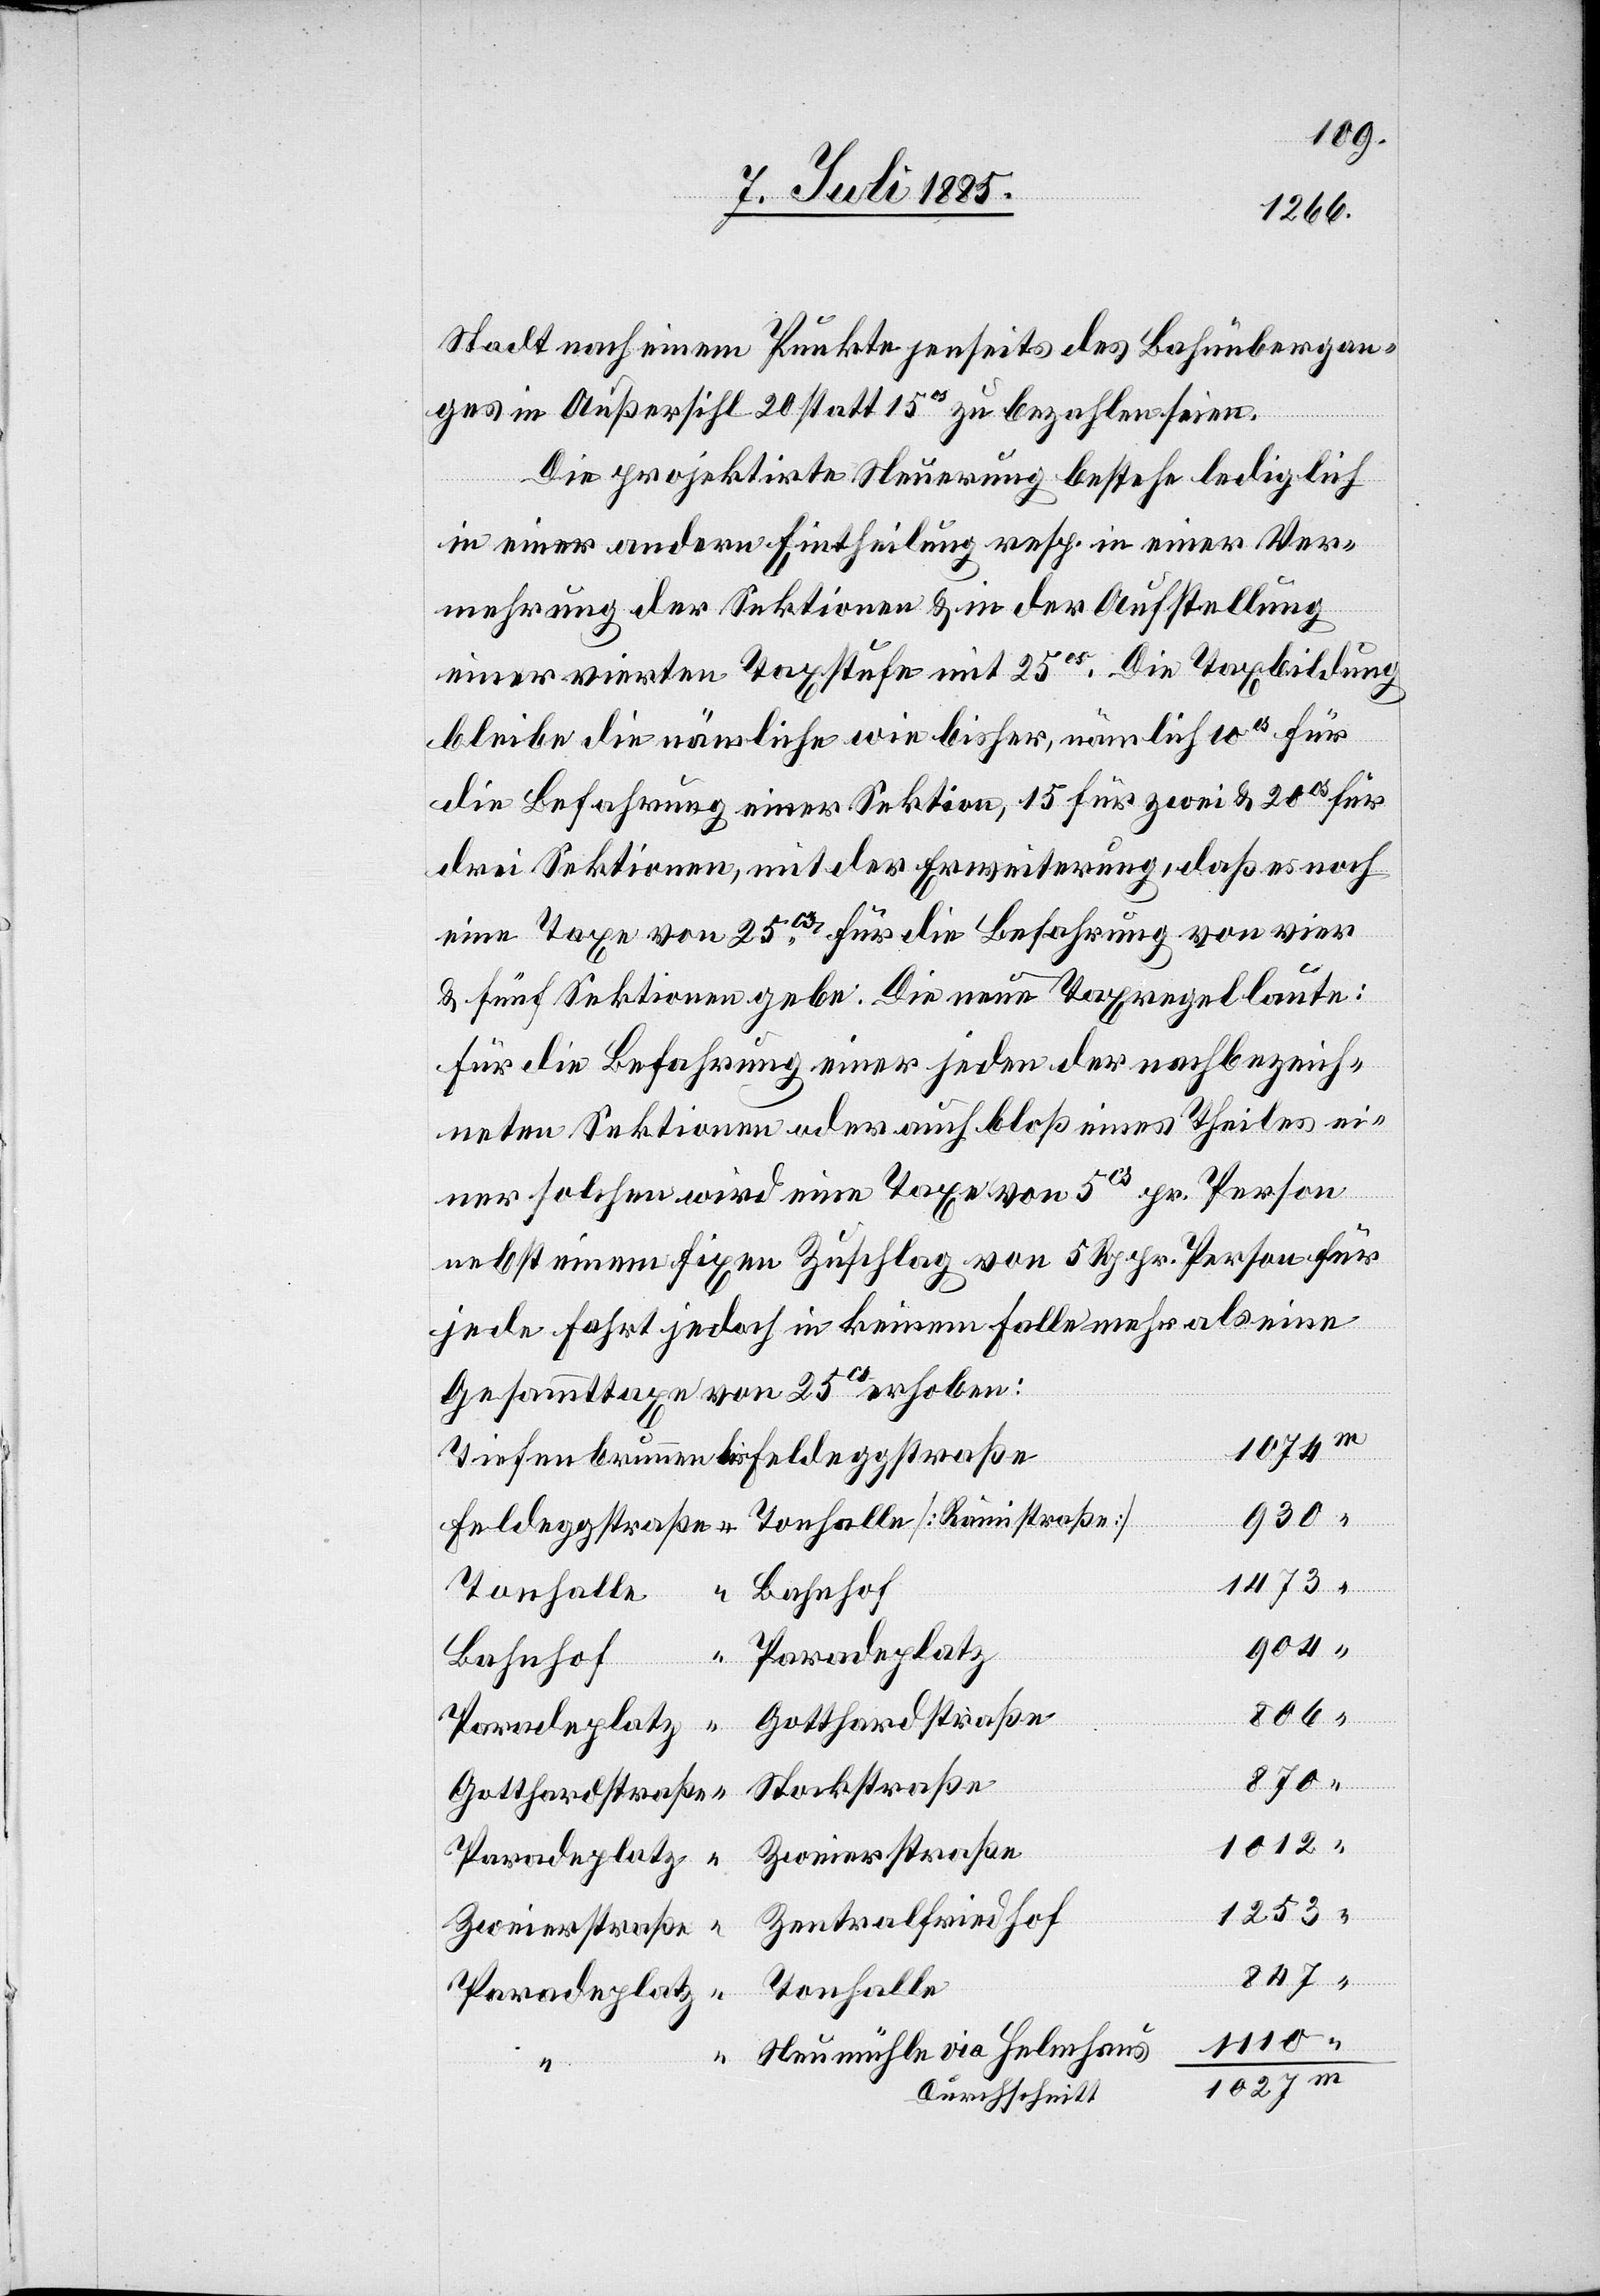
Stadt nach einem Punkte jenseits des Bahnübergan¬
ges in Außersihl 20 statt 15cs zu bezahlen seien.
Die projektirte Steuerung bestehe lediglich
in einer andern Eintheilung resp. in einer Ver¬
mehrung der Sektionen & in der Aufstellung
einer vierten Taxstufe mit 25cs. Die Taxbildung
bleibe die nämliche wie bisher, nämlich 10cs für
die Befahrung einer Sektion, 15 für zwei & 20cs für
drei Sektionen, mit der Erweiterung, daß es noch
eine Taxe von 25cs für die Befahrung von vier
& fünf Sektionen gebe. Die neue Taxregel laute:
Für die Befahrung einer jeden der nachbezeich¬
neten Sektionen oder auch bloß eines Theiles ei¬
ner solchen wird eine Taxe von 5cs pr. Person
nebst einem fixen Zuschlag von 5 Rp. pr. Person für
jede Fahrt jedoch in keinem Falle mehr als eine
Gesammttaxe von 25cs erhoben:
1074
1473
904
Paradeplatz
Bahnhof
Feldeggstraße
806
Gotthardstraße
Stockstraße
1012
1253
Zentralfriedhof
Zweierstraße
Tonhalle
Neumühle via Helmhaus
1027
Durchschnitt

m